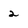
Character: 2